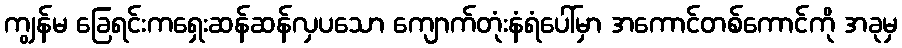
ကျွန်မ ခြေရင်းကရှေးဆန်ဆန်လှပသော ကျောက်တုံးနံရံပေါ်မှာ အကောင်တစ်ကောင်ကို အခုမှ